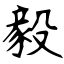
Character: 毅